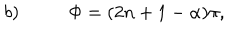
b ) \, \, \, \, \, \, \, \, \, \, \, \, \, \, \, \, \Phi = ( 2 n + 1 - \alpha ) \pi ,